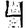
Digit: 4